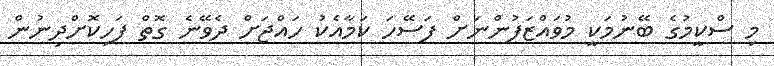
މި ސްކީމުގެ ބޭނުމަކީ މުވައްޒަފުންނަށް ފަސޭހަ ކަމާއެކު ހައްޖަށް ދެވޭނެ ގޮތް ފަހިކޮށްދިނުން